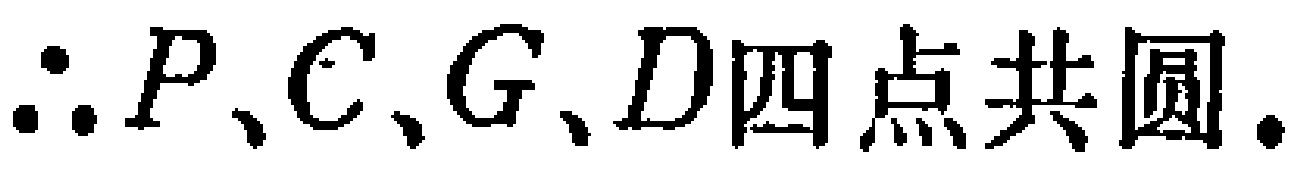
\(\therefore P、C、G、D四点共圆.\)